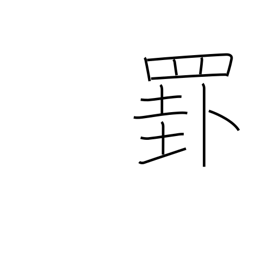
Meaning: ruled line